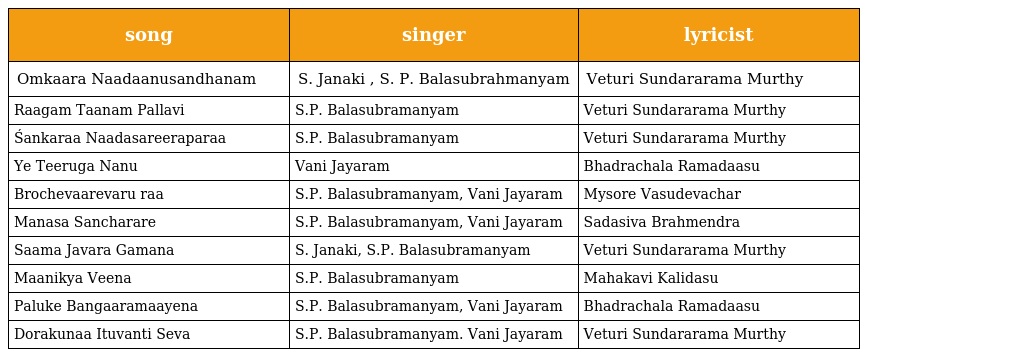
| song | singer | lyricist |
 | --- | --- | --- |
 | Omkaara Naadaanusandhanam | S. Janaki , S. P. Balasubrahmanyam | Veturi Sundararama Murthy |
 | Raagam Taanam Pallavi | S.P. Balasubramanyam | Veturi Sundararama Murthy |
 | Śankaraa Naadasareeraparaa | S.P. Balasubramanyam | Veturi Sundararama Murthy |
 | Ye Teeruga Nanu | Vani Jayaram | Bhadrachala Ramadaasu |
 | Brochevaarevaru raa | S.P. Balasubramanyam, Vani Jayaram | Mysore Vasudevachar |
 | Manasa Sancharare | S.P. Balasubramanyam, Vani Jayaram | Sadasiva Brahmendra |
 | Saama Javara Gamana | S. Janaki, S.P. Balasubramanyam | Veturi Sundararama Murthy |
 | Maanikya Veena | S.P. Balasubramanyam | Mahakavi Kalidasu |
 | Paluke Bangaaramaayena | S.P. Balasubramanyam, Vani Jayaram | Bhadrachala Ramadaasu |
 | Dorakunaa Ituvanti Seva | S.P. Balasubramanyam. Vani Jayaram | Veturi Sundararama Murthy |